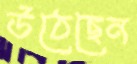
উঠেছেন